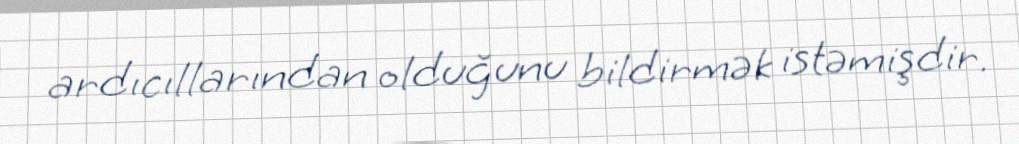
ardıcıllarından olduğunu bildirmək istəmişdir.